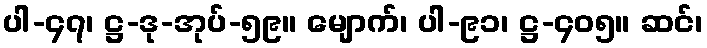
ပါ-၄၇၊ ဋ္ဌ-ဒု-အုပ်-၅၉။ မျောက်၊ ပါ-၉၁၊ ဋ္ဌ-၄၀၅။ ဆင်၊